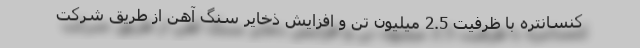
کنسانتره با ظرفیت 2.5 میلیون تن و افزایش ذخایر سنگ آهن از طریق شرکت